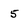
Character: 5